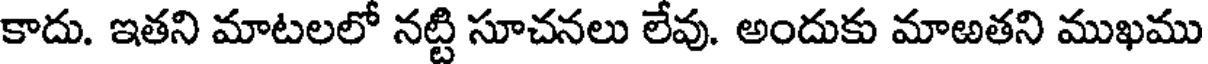
కాదు. ఇతని మాటలలో నట్టి సూచనలు లేవు. అందుకు మాఱతని ముఖము